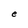
Character: e